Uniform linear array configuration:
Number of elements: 12
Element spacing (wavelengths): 0.25
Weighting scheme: kaiser
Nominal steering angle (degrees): -30
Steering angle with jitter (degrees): -29.299
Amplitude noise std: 0.05
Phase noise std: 0.05

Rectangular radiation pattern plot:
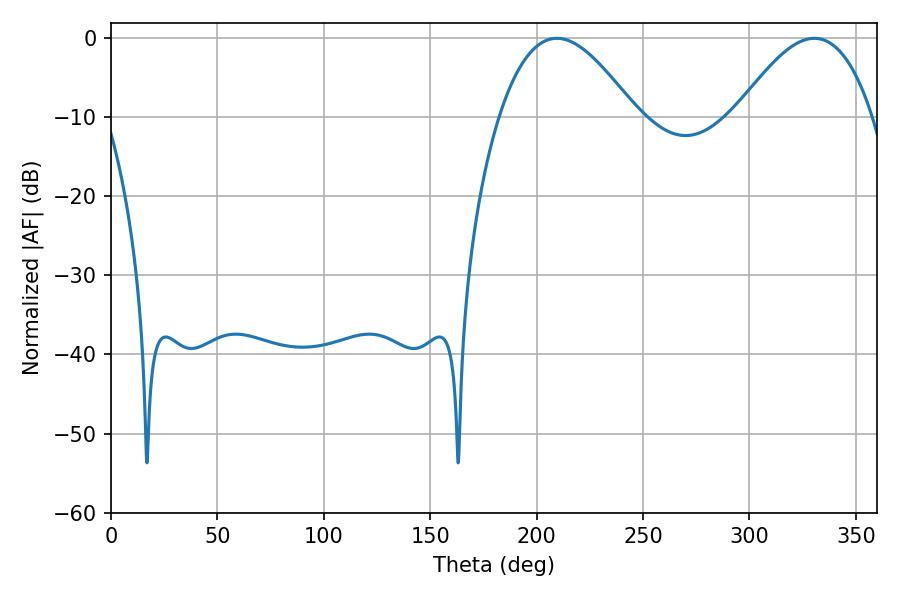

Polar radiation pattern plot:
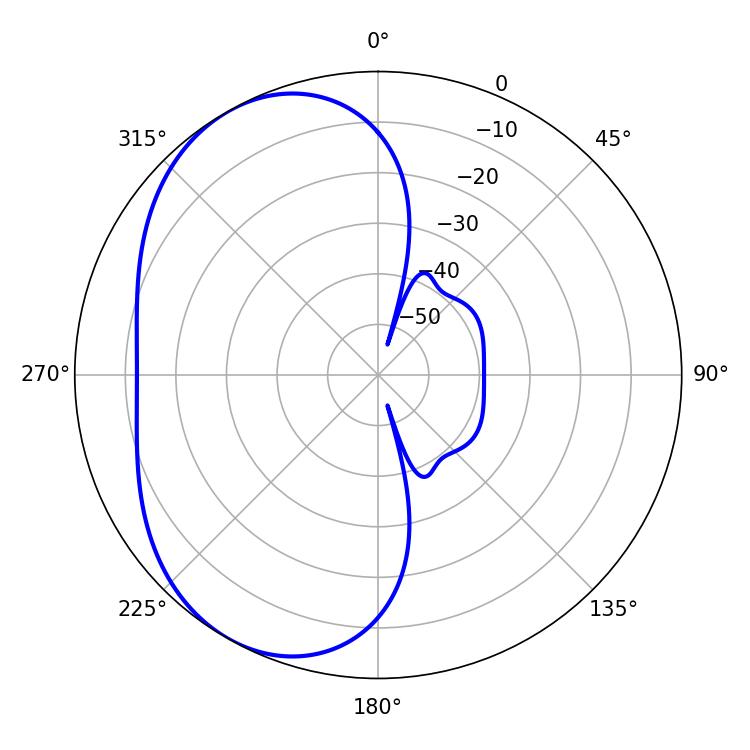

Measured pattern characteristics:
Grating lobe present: FALSE
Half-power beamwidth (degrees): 34.92
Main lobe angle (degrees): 209.52